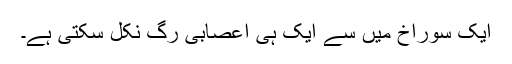
ایک سوراخ میں سے ایک ہی اعصابی رگ نکل سکتی ہے۔